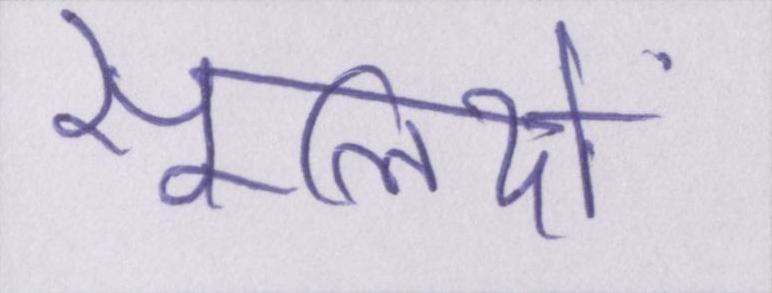
सूलियों